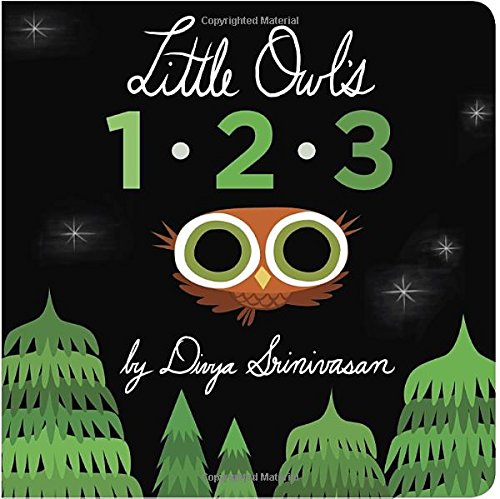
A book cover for Little Owl's 1-2-3; Divya Srinivasan; Children's Books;